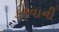
ક૨વાની